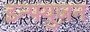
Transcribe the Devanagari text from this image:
इन्फ्युज़न